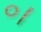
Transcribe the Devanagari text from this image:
०।